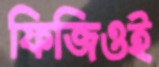
ফিজিওই